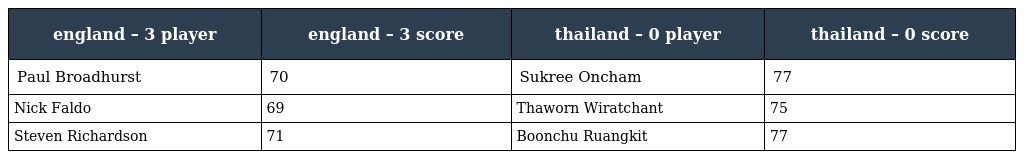
| england – 3 player | england – 3 score | thailand – 0 player | thailand – 0 score |
 | --- | --- | --- | --- |
 | Paul Broadhurst | 70 | Sukree Oncham | 77 |
 | Nick Faldo | 69 | Thaworn Wiratchant | 75 |
 | Steven Richardson | 71 | Boonchu Ruangkit | 77 |